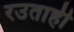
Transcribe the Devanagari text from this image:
रउताही